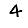
Digit: 4